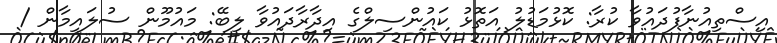
އިސްތިއުނާފުދައުވާ ކުރާ: ކޮޅުމަޑުލު އަތޮޅު ކައުންސިލްގެ އިދާރާދައުވާ ލިބޭ: މައުމޫން ސުލައިމާން /